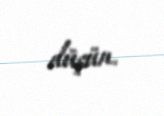
düşün.